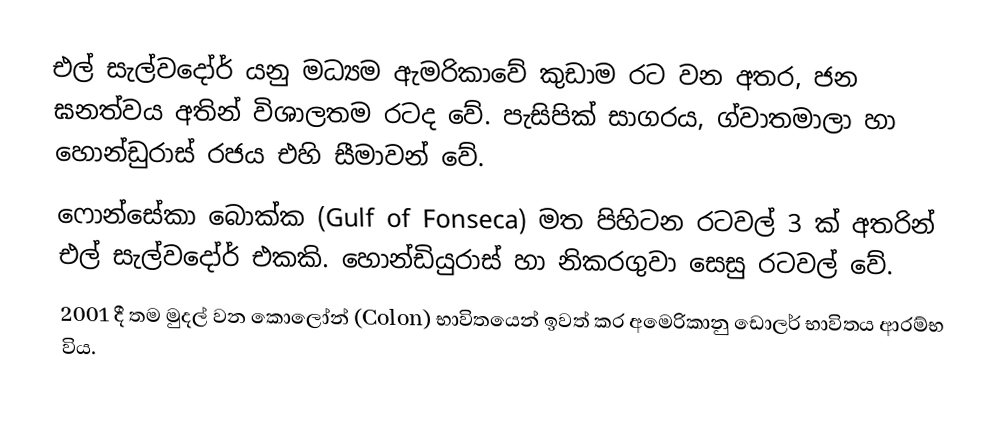
එල් සැල්වදෝර් යනු මධ්‍යම ඇමරිකාවේ කුඩාම රට වන අතර, ජන ඝනත්වය අතින් විශාලතම රටද වේ.  පැසිපික් සාගරය, ග්වාතමාලා හා හොන්ඩුරාස් රජය එහි සීමාවන් වේ.
ෆොන්සේකා බොක්ක (Gulf of Fonseca) මත පිහිටන රටවල් 3 ක් අතරින් එල් සැල්වදෝර් එකකි.  හොන්ඩියුරාස් හා නිකරගුවා සෙසු රටවල් වේ.
2001 දී තම මුදල් වන කොලෝන් (Colon) භාවිතයෙන් ඉවත් කර අමෙරිකානු ඩොලර් භාවිතය ආරම්භ විය.